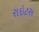
રાઇટસ